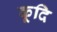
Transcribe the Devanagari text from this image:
कूदि